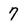
Character: 7